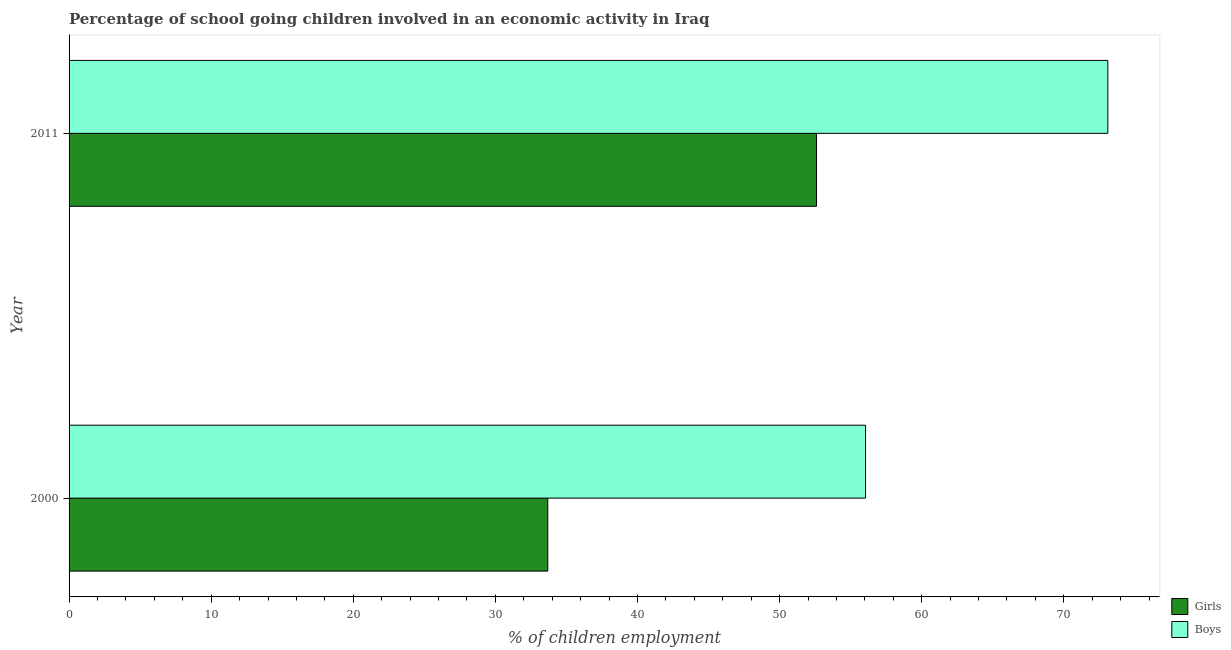
| Year | Girls | Boys |
 | --- | --- | --- |
 | 2000 | 33.7 | 56.1 |
 | 2011 | 52.6 | 73.1 |